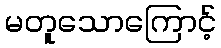
မတူသောကြောင့်